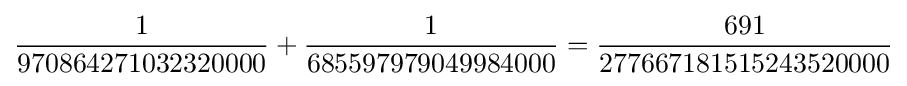
{1 \over 970864271032320000}+{1 \over 685597979049984000}={691 \over 277667181515243520000}